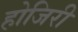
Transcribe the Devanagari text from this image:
होजिरी